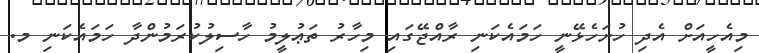
މިއެހީއަށް އެދި ހުށަހެޅޭނީ ހަމައެކަނި ރާއްޖޭގައި މިހާރު ތަޢުލީމު ހާސިލުކުރަމުންދާ ހަމައެކަނި މ.